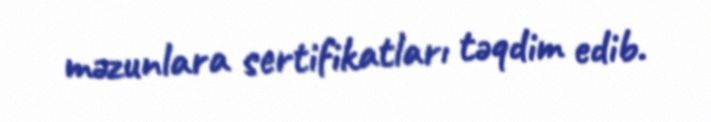
məzunlara sertifikatları təqdim edib.